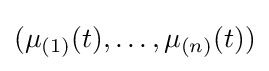
(\mu _{(1)}(t),\dots ,\mu _{(n)}(t))